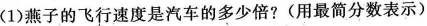
(1)燕子的飞行速度是汽车的多少倍?(用最简分数表示)